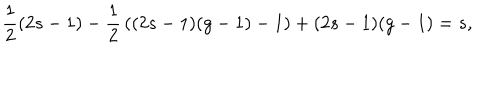
LaTeX: { \frac { 1 } { 2 } } ( 2 s - 1 ) - { \frac { 1 } { 2 } } \left( ( 2 s - 1 ) ( g - 1 ) - 1 \right) + ( 2 s - 1 ) ( g - 1 ) = s ,